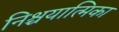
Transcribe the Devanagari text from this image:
निश्चयात्मिका